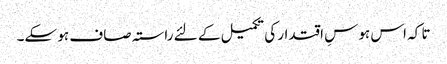
تا کہ اس ہوسِ اقتدار کی تکمیل کے لئے راستہ صاف ہو سکے۔